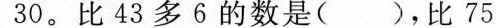
30。比43多6的数是()，比75